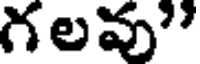
గలవు"